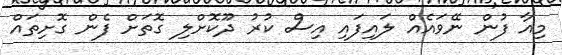
މިއާ ފުން ނޭވައެއް ލައިފައި އިސް ކުރު ދޫކޮށްލި ގޮތަށް ފެން ގޮށިތައް